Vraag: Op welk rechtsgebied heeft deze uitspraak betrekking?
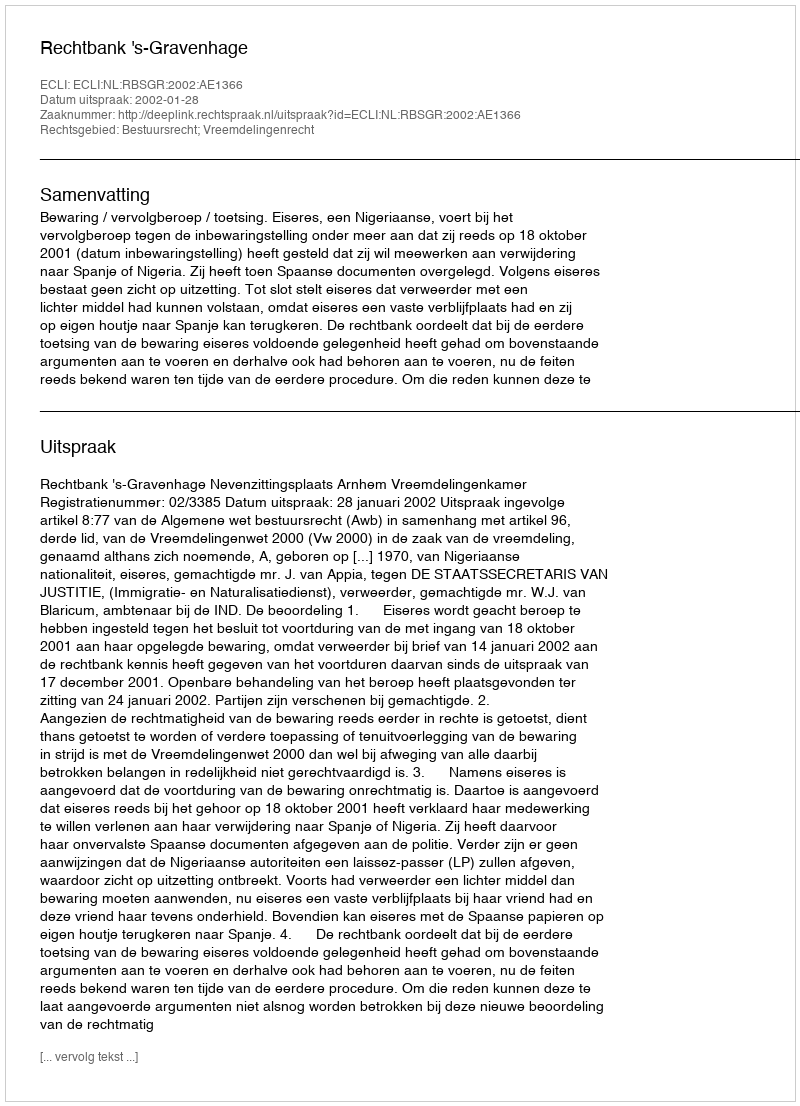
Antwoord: Bestuursrecht; Vreemdelingenrecht